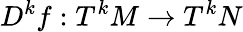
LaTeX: D^{k}f:T^{k}M\to T^{k}N